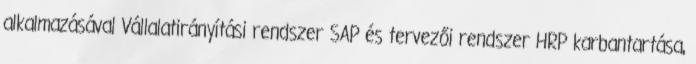
alkalmazásával Vállalatirányítási rendszer SAP és tervezői rendszer HRP karbantartása,